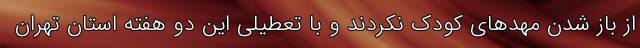
از باز شدن مهد‌های کودک نکردند و با تعطیلی این دو هفته استان تهران